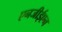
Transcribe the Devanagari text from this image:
एनजीईएन